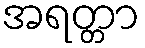
အရတ္တာ